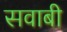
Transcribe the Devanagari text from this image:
सवाबी